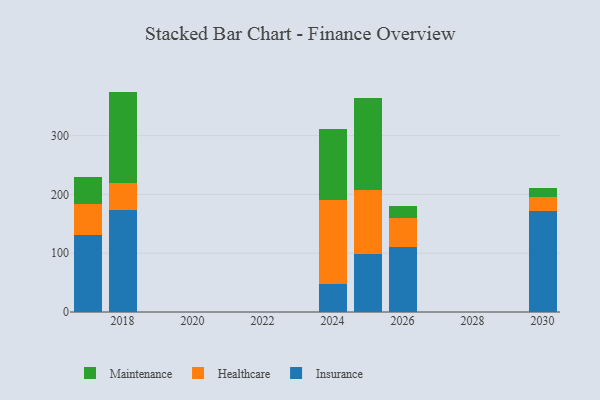
{"axis": {"x": "Year", "y": "Latency (ms)"}, "legend": ["Healthcare", "Insurance", "Maintenance"], "data": [{"x": "2017", "y": 131.7, "type": "Insurance"}, {"x": "2017", "y": 51.7, "type": "Healthcare"}, {"x": "2017", "y": 46.6, "type": "Maintenance"}, {"x": "2026", "y": 110.5, "type": "Insurance"}, {"x": "2026", "y": 50.2, "type": "Healthcare"}, {"x": "2026", "y": 20.3, "type": "Maintenance"}, {"x": "2030", "y": 171.5, "type": "Insurance"}, {"x": "2030", "y": 23.9, "type": "Healthcare"}, {"x": "2030", "y": 15.8, "type": "Maintenance"}, {"x": "2024", "y": 47.0, "type": "Insurance"}, {"x": "2024", "y": 143.6, "type": "Healthcare"}, {"x": "2024", "y": 120.9, "type": "Maintenance"}, {"x": "2025", "y": 98.3, "type": "Insurance"}, {"x": "2025", "y": 109.2, "type": "Healthcare"}, {"x": "2025", "y": 156.1, "type": "Maintenance"}, {"x": "2018", "y": 174.2, "type": "Insurance"}, {"x": "2018", "y": 46.1, "type": "Healthcare"}, {"x": "2018", "y": 154.7, "type": "Maintenance"}]}